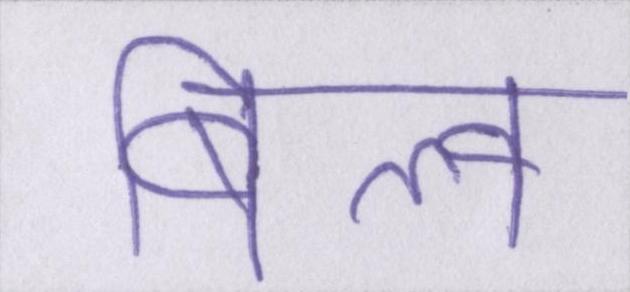
बिल्व